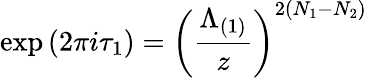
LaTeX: \mathrm{exp}\left(2\pi i\tau_{1}\right)=\left(\frac{\Lambda_{(1)}}{z}\right)^{2(N_{1}-N_{2})}